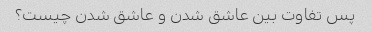
پس تفاوت بین عاشق شدن و عاشق شدن چیست؟